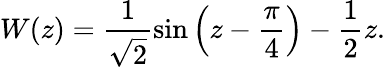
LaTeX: W(z)=\frac{1}{\sqrt{2}}\sin\left(z-\frac{\pi}{4}\right)-\frac{1}{2}z.